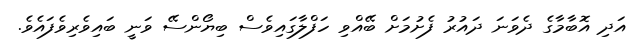
އަދި އޮބާމާގެ ދެވަނަ ދައުރު ފެށުމަށް ބޭއްވި ހަފްލާގައިވެސް ބިޔޯންސޭ ވަނީ ބައިވެރިވެފައެވެ.